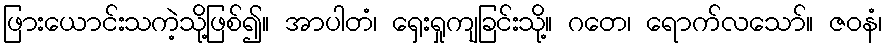
ဖြားယောင်းသကဲ့သို့ဖြစ်၍။ အာပါတံ၊ ရှေးရှုကျခြင်းသို့။ ဂတေ၊ ရောက်လသော်။ ဇဝနံ၊